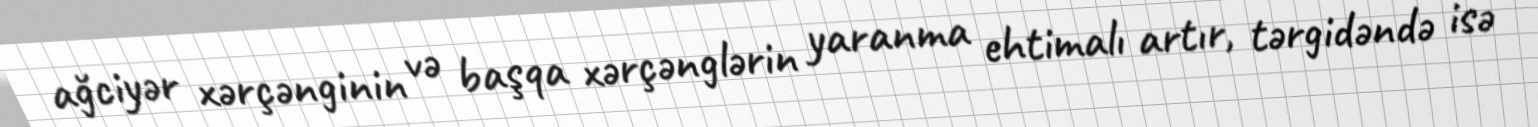
ağciyər xərçənginin və başqa xərçənglərin yaranma ehtimalı artır, tərgidəndə isə